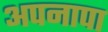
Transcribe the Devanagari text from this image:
अपनापा